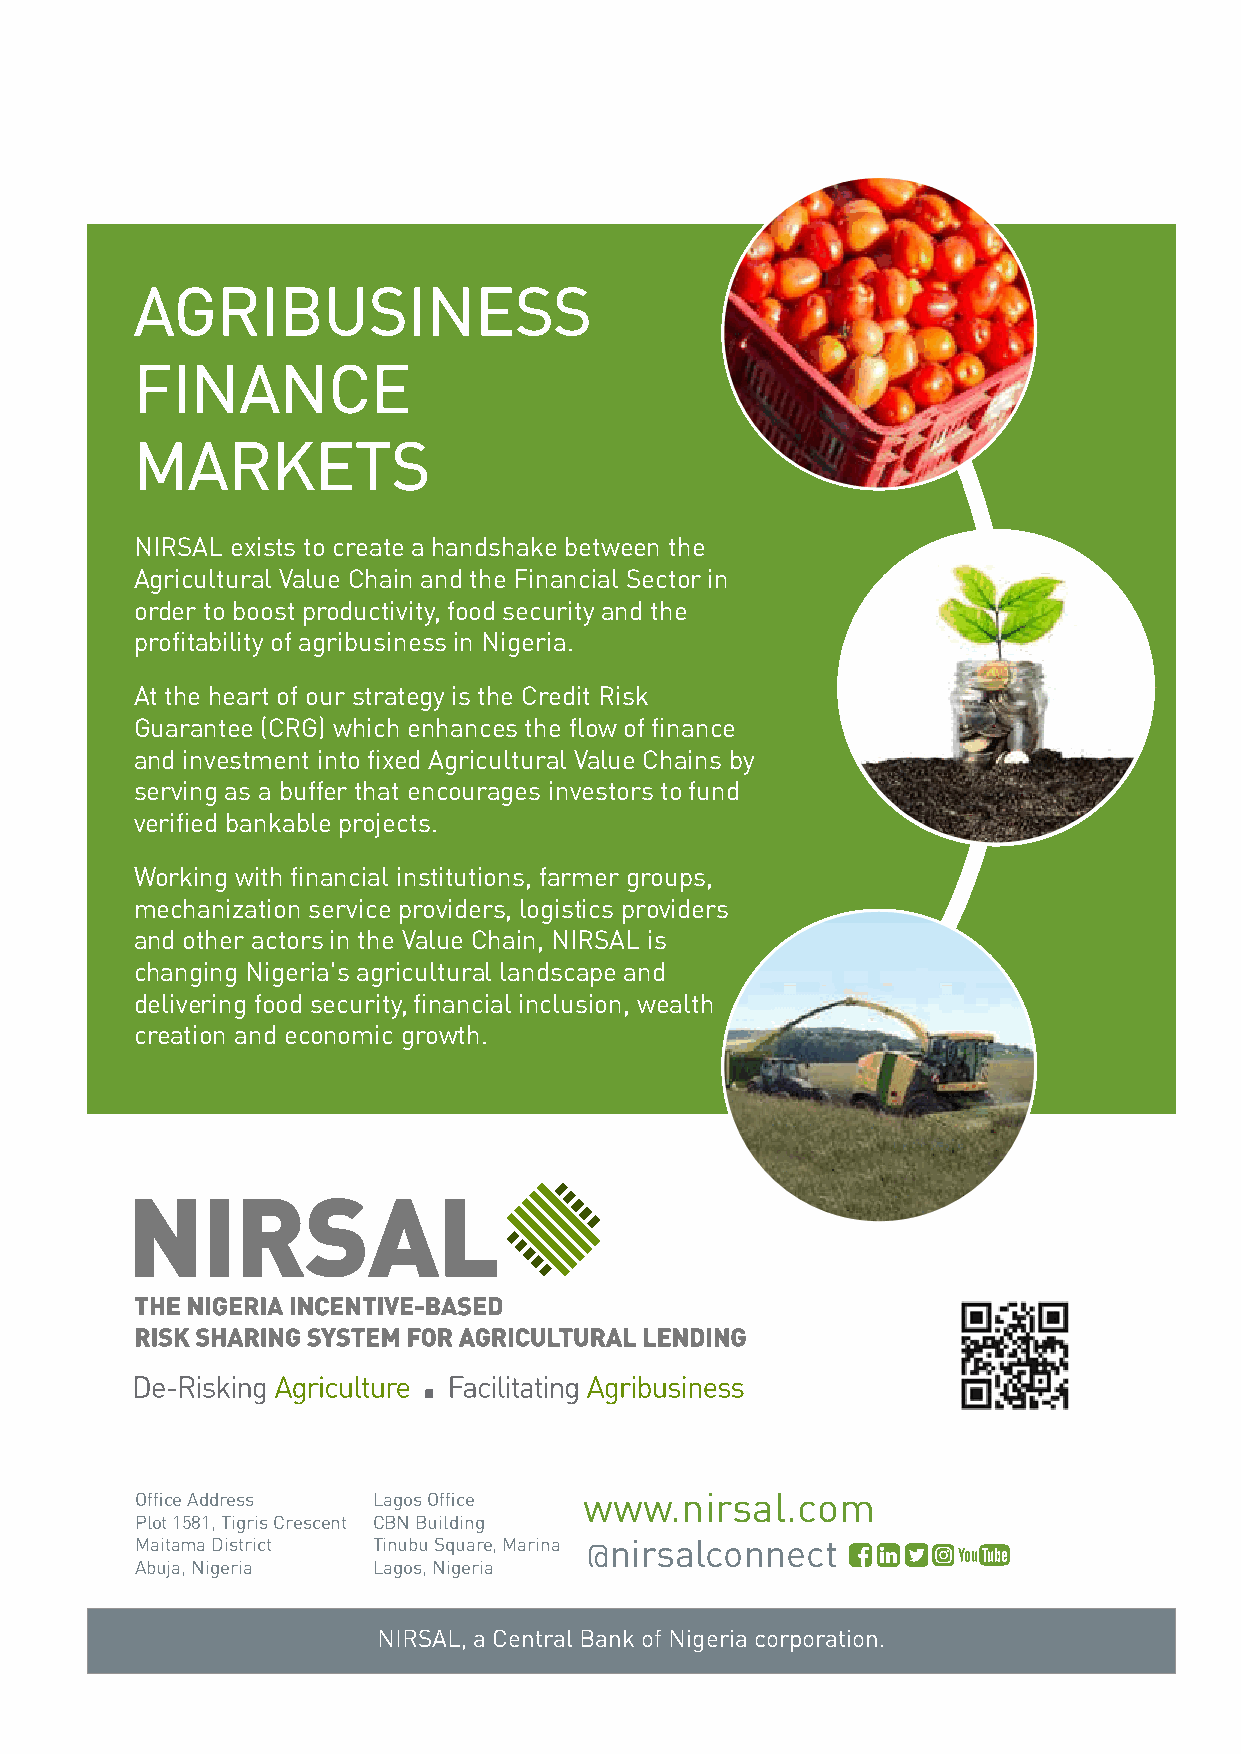
NIRSAL 42
 AAGGRRIIBBUUSSIINNEESSSS
 FFIINNAANNCCEE
 MMAARRKKEETTSS
 NIRSAL exists to create a handshake between the
 Agricultural Value Chain and the Financial Sector in
 order to boost productivity, food security and the
 profitability of agribusiness in Nigeria.
 At the heart of our strategy is the Credit Risk
 Guarantee (CRG) which enhances the flow of finance
 and investment into fixed Agricultural Value Chains by
 serving as a buffer that encourages investors to fund
 verified bankable projects.
 Working with financial institutions, farmer groups,
 mechanization service providers, logistics providers
 and other actors in the Value Chain, NIRSAL is
 changing Nigeria's agricultural landscape and
 delivering food security, financial inclusion, wealth
 creation and economic growth.
 Office Address  Lagos Office  www.nirsal.com
 Plot 1581, Tigris Crescent CBN Building
 Maitama District Tinubu Square, Marina @nirsalconnect
 Y
 Abuja, Nigeria  Lagos, Nigeria
 NIRSAL, a Central Bank of Nigeria corporation.